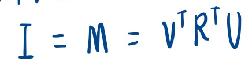
\[
I = M = V^{T}R^{T}U
\]